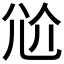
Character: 𡯗